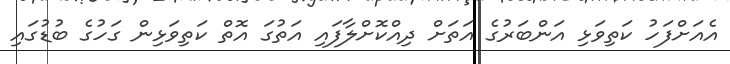
އެއަށްފަހު ކަތިވަޅި އަންބަރުގެ އަތަށް ދިއްކޮށްލާފައި އަތުގަ އޮތް ކަތިވަޅިން ގަހުގެ ބުޑުގައި